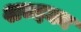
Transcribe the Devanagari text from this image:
शब्दका